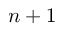
n + 1